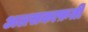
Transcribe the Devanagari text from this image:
अलसकाफ़ती